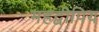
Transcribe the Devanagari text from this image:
महद्वीपिय